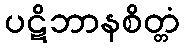
ပဋိဘာနစိတ္တံ